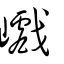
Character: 巇